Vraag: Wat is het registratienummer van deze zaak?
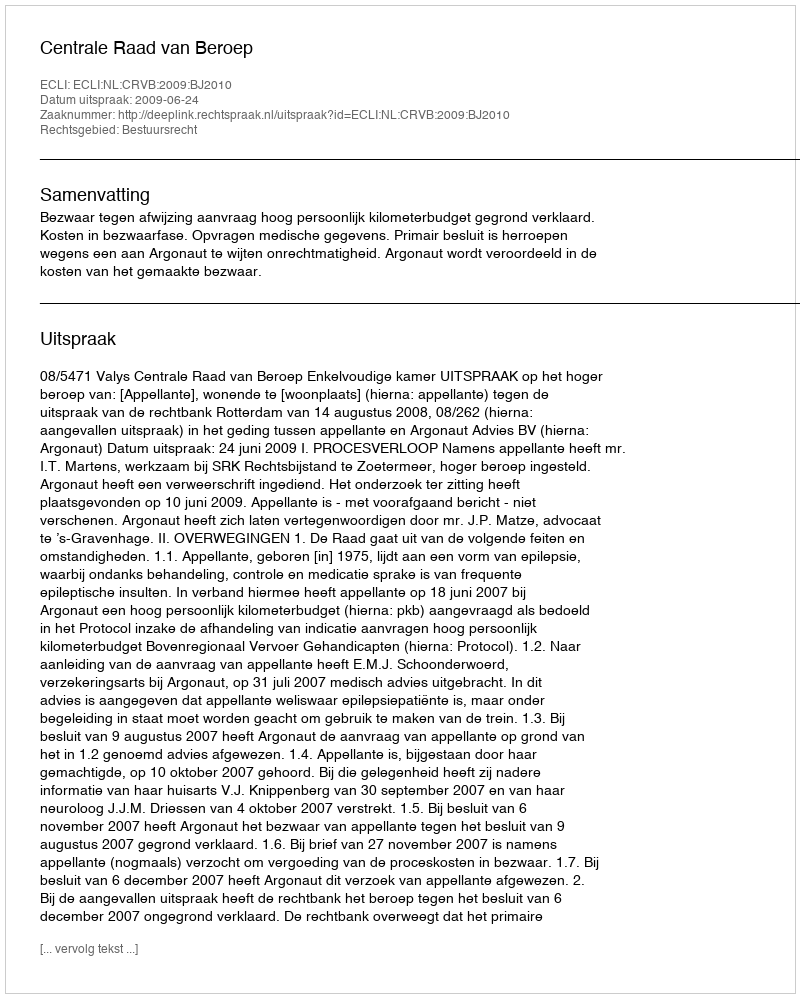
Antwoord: http://deeplink.rechtspraak.nl/uitspraak?id=ECLI:NL:CRVB:2009:BJ2010